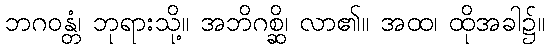
ဘဂဝန္တံ၊ ဘုရားသို့။ အဘိဂစ္ဆိ၊ လာ၏။ အထ၊ ထိုအခါ၌။